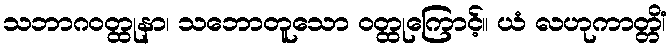
သဘာဂဝတ္ထုနာ၊ သဘောတူသော ဝတ္ထုကြောင့်။ ယံ လဟုကာတ္တိံ၊